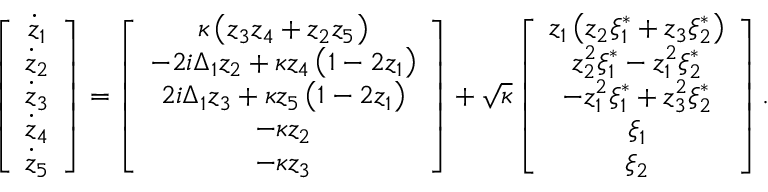
\left[ \begin{array} { c } { \dot { z } _ { 1 } } \\ { \dot { z } _ { 2 } } \\ { \dot { z } _ { 3 } } \\ { \dot { z } _ { 4 } } \\ { \dot { z } _ { 5 } } \end{array} \right] = \left[ \begin{array} { c } { \kappa \left( z _ { 3 } z _ { 4 } + z _ { 2 } z _ { 5 } \right) } \\ { - 2 i \Delta _ { 1 } z _ { 2 } + \kappa z _ { 4 } \left( 1 - 2 z _ { 1 } \right) } \\ { 2 i \Delta _ { 1 } z _ { 3 } + \kappa z _ { 5 } \left( 1 - 2 z _ { 1 } \right) } \\ { - \kappa z _ { 2 } } \\ { - \kappa z _ { 3 } } \end{array} \right] + \sqrt { \kappa } \left[ \begin{array} { c } { z _ { 1 } \left( z _ { 2 } \xi _ { 1 } ^ { * } + z _ { 3 } \xi _ { 2 } ^ { * } \right) } \\ { z _ { 2 } ^ { 2 } \xi _ { 1 } ^ { * } - z _ { 1 } ^ { 2 } \xi _ { 2 } ^ { * } } \\ { - z _ { 1 } ^ { 2 } \xi _ { 1 } ^ { * } + z _ { 3 } ^ { 2 } \xi _ { 2 } ^ { * } } \\ { \xi _ { 1 } } \\ { \xi _ { 2 } } \end{array} \right] .